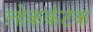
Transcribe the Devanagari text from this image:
लोककंटक